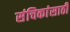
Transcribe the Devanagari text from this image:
संचिकांसाठी